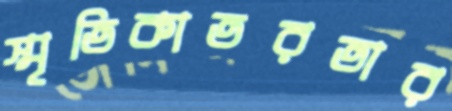
স্মৃতিকাতরতার